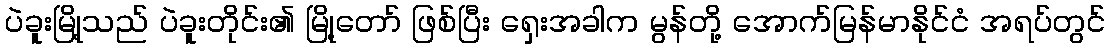
ပဲခူးမြို့သည် ပဲခူးတိုင်း၏ မြို့တော် ဖြစ်ပြီး ရှေးအခါက မွန်တို့ အောက်မြန်မာနိုင်ငံ အရပ်တွင်